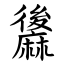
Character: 䵈